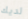
لديك